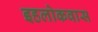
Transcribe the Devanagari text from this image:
इहलोकवास